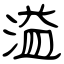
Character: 溢